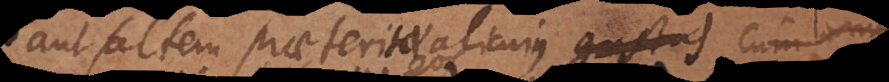
aut saltem praeteritae alicujus perceptionis